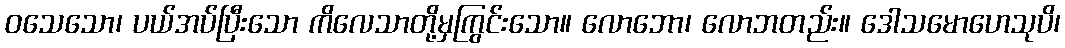
ဝသေသော၊ ပယ်အပ်ပြီးသော ကိလေသာတို့မှကြွင်းသော။ လောဘော၊ လောဘတည်း။ ဒေါသမောဟေသုပိ၊